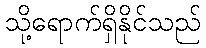
သို့ရောက်ရှိနိုင်သည်